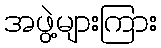
အဖွဲ့များကြား